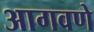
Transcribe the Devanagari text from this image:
आगवणे